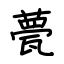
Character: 甍